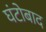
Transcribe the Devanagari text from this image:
घंटोबाद